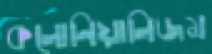
কলোনিয়ালিজম